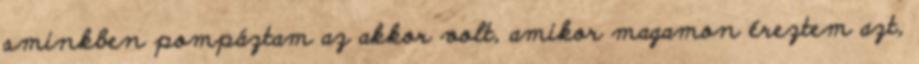
sminkben pompáztam az akkor volt, amikor magamon éreztem azt,